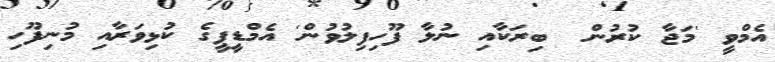
އެމްވީ 'މަޖާ ކުރުން  ބިރަކާއި ނުލާ ފޫހިފިލުވުން' އެމްޑީޕީގެ ކުޅިވަރާއި މުނިފޫހި